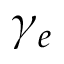
\gamma _ { e }